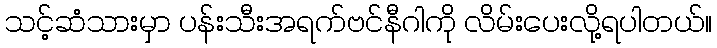
သင့်ဆံသားမှာ ပန်းသီးအရက်ဗင်နီဂါကို လိမ်းပေးလို့ရပါတယ်။